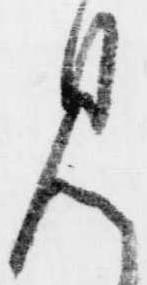
見